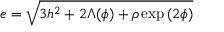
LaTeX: e = \sqrt { 3 h ^ { 2 } + 2 \Lambda ( \phi ) + \rho \exp { ( 2 \phi ) } }